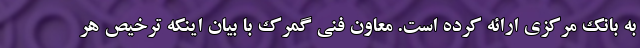
به بانک مرکزی ارائه کرده است. معاون فنی گمرک با بیان اینکه ترخیص هر